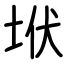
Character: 垘